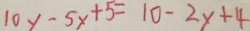
1 0 y - 5 y + 5 = 1 0 - 2 x + 4